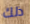
ذلك